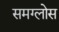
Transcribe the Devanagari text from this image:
समग्लोस